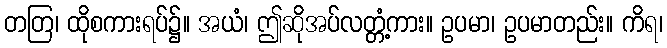
တတြ၊ ထိုစကားရပ်၌။ အယံ၊ ဤဆိုအပ်လတ္တံ့ကား။ ဥပမာ၊ ဥပမာတည်း။ ကိရ၊